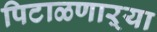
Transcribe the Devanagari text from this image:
पिटाळणाऱ्या